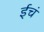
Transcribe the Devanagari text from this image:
ईचं